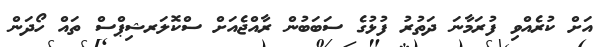
އަށް ކުރެއްވި ފުރަމާނަ ދަތުރު ފުޅުގެ ސަބަބުން ރާއްޖެއަށް ސްކޮލަރޝިޕްސް ތައް ހޯދަން